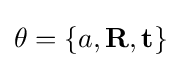
\theta =\lbrace a,\mathbf {R} ,\mathbf {t} \rbrace